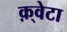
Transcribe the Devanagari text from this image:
क़्वेटा